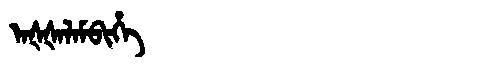
Manchu: ᠠᡧᡧᠠᠯᠠᠮᠪᡳᡥᡝ
Romanization: AŠŠALAMBIHE